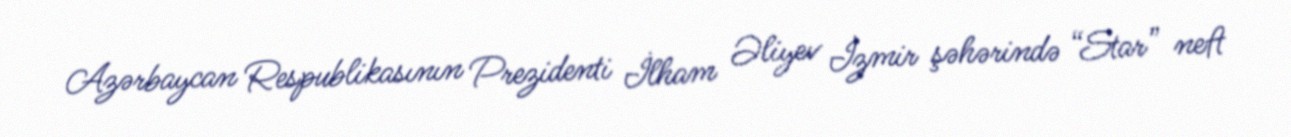
Azərbaycan Respublikasının Prezidenti İlham Əliyev İzmir şəhərində “Star” neft